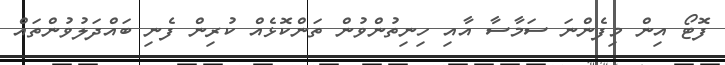
ފޮޓޯ އިން މިފެންނަ ސަމާސާ އާއި ހިނިތުންވުން ތަންކޮޅެއް ކުރިން ފެނި ބައްދަލުވުންތައް